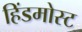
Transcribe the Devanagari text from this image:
हिंडमोस्ट